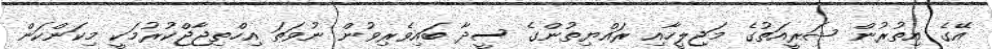
އޭގެ އިތުރުން ޝަރީއަތުގެ މަޖިލީހާއި ރައްޔިތުންގެ ސީދާ ބައިވެރިވުން ނުވަތަ އިހްތިޖާޖްކުރުމަކީ މިކަންކަން